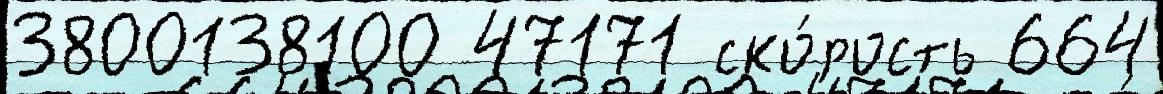
3800138100 47171 ско́рость 664